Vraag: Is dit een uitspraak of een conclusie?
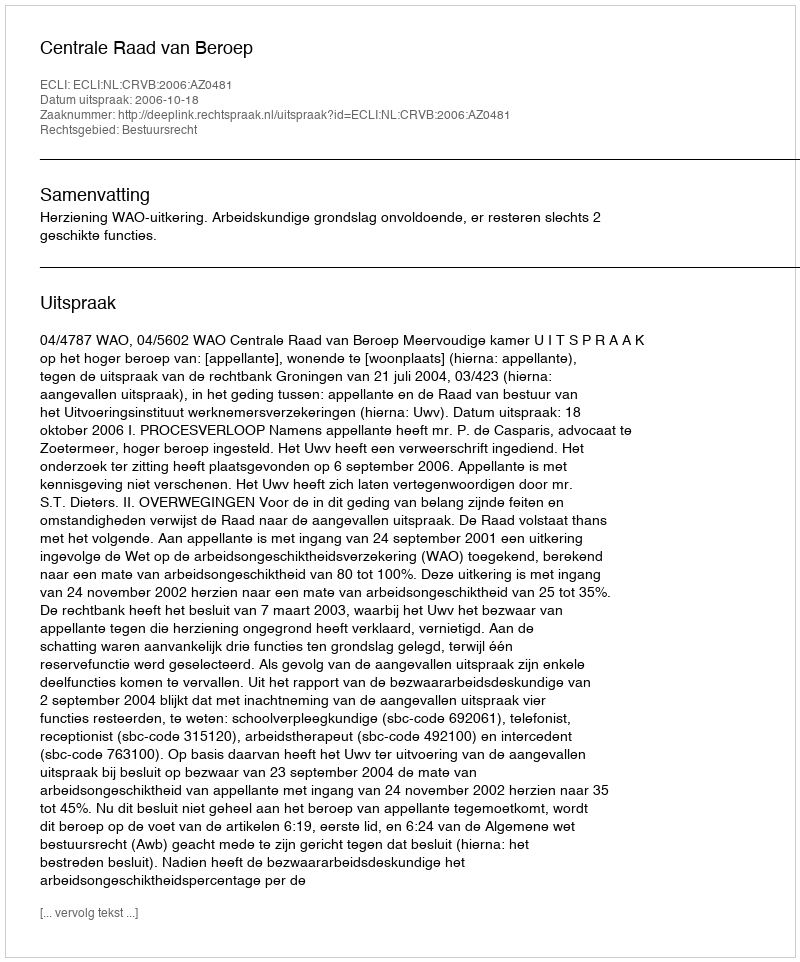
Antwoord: Uitspraak